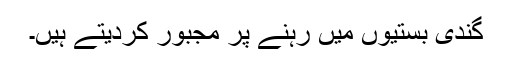
گندی بستیوں میں رہنے پر مجبور کردیتے ہیں۔